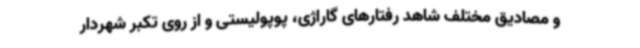
و مصادیق مختلف شاهد رفتارهای گاراژی، پوپولیستی و از روی تکبر شهردار